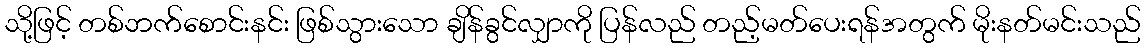
သို့ဖြင့် တစ်ဘက်စောင်းနင်း ဖြစ်သွားသော ချိန်ခွင်လျှာကို ပြန်လည် တည့်မတ်ပေးရန်အတွက် မိုးနတ်မင်းသည်